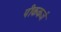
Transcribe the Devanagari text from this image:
पीककर्ज